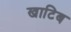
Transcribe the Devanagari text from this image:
खाटिब